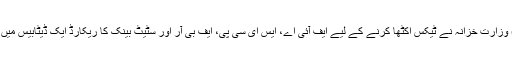
15مئی2019ء) وزارتِ خزانہ نے ٹیکس اکٹھا کرنے کے لیے ایف آئی اے، ایس ای سی پی، ایف بی آر اور سٹیٹ بینک کا ریکارڈ ایک ڈیٹابیس میں اکٹھا کر دیا ہے۔